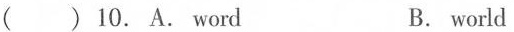
( ) 10. A. Word B. world